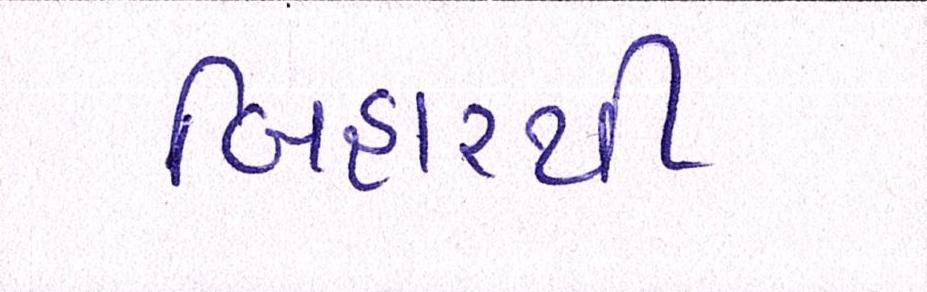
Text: બિહારથી